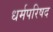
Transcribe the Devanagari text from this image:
धर्मपरिषद